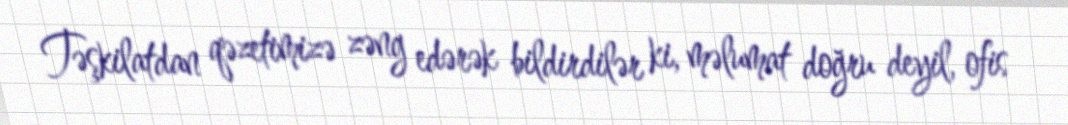
Təşkilatdan qəzetimizə zəng edərək bildirdilər ki, məlumat doğru deyil, ofis